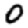
Digit: 0